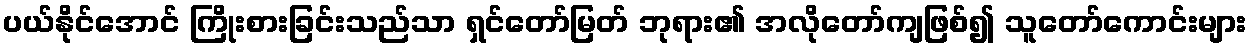
ပယ်နိုင်အောင် ကြိုးစားခြင်းသည်သာ ရှင်တော်မြတ် ဘုရား၏ အလိုတော်ကျဖြစ်၍ သူတော်ကောင်းများ